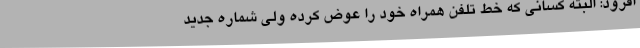
افزود: البته کسانی که خط تلفن همراه خود را عوض کرده ولی شماره جدید